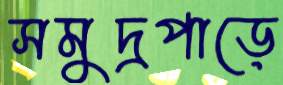
সমুদ্রপাড়ে